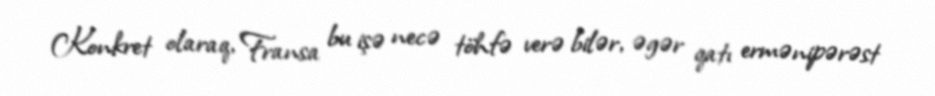
Konkret olaraq, Fransa bu işə necə töhfə verə bilər, əgər qatı ermənipərəst